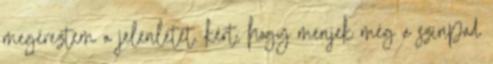
megéreztem a jelenlétét. kért, hogy menjek még a színpad